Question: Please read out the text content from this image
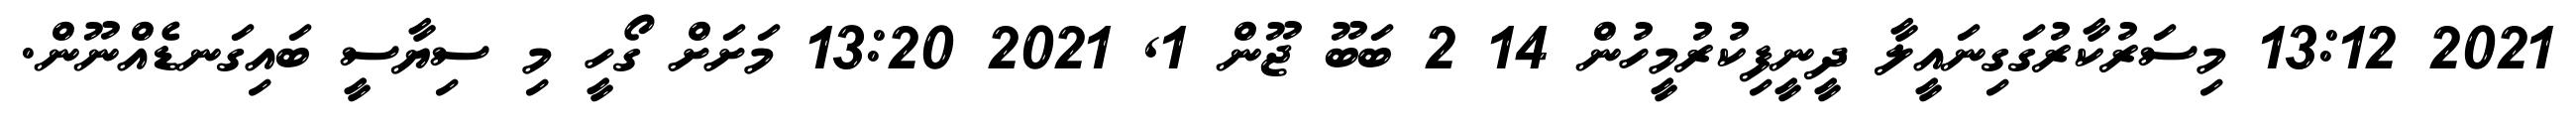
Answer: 2021 13:12 މިސަރުކާރުގަގިނައީލާ ދީނީފިކުރުމީހުން 14 2 ބަބޫ ޖޫން 1, 2021 13:20 މަށަށް ގޯހީ މި ސިޔާސީ ބައިގަނޑެއްނޫން.